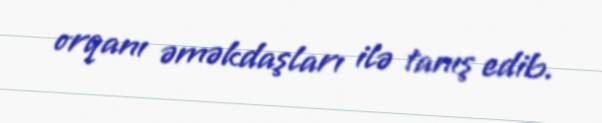
orqanı əməkdaşları ilə tanış edib.